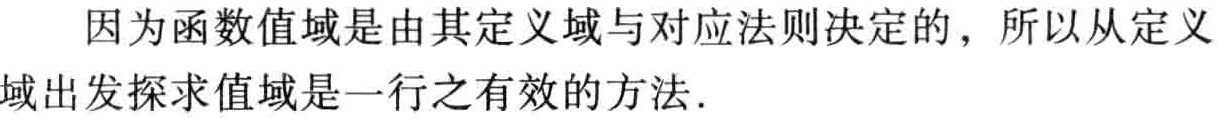
因为函数值域是由其定义域与对应法则决定的，所以从定义域出发探求值域是一行之有效的方法.